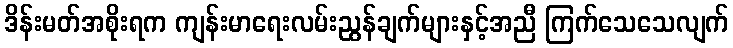
ဒိန်းမတ်အစိုးရက ကျန်းမာရေးလမ်းညွန်ချက်များနှင့်အညီ ကြက်သေသေလျက်